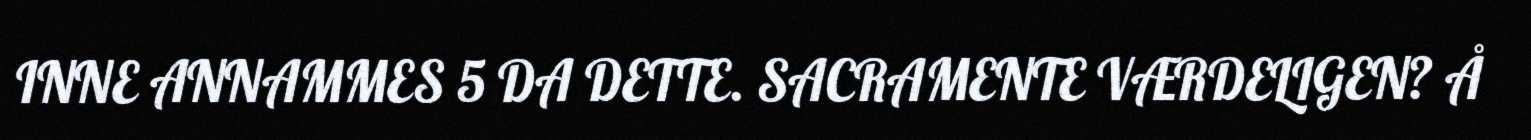
INNE ANNAMMES 5 DA DETTE. SACRAMENTE VÆRDELIGEN? Å